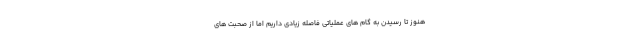
هنوز تا رسیدن به گام های عملیاتی فاصله زیادی داریم اما از صحبت های